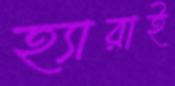
হ্যারাই